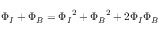
\begin{array} { r } { { \Phi _ { I } } + { \Phi _ { B } } = { \Phi _ { I } } ^ { 2 } + { \Phi _ { B } } ^ { 2 } + 2 \Phi _ { I } \Phi _ { B } } \end{array}